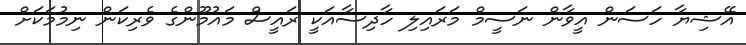
އޭޝިޔާ ހަސަން އީވާން ނަސީމް މަރައިލި ހާދިސާއަކީ ރައީސް މައުމޫންގެ ވެރިކަން ނިމުމަކަށް